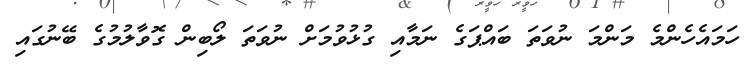
ހަމައެހެންމެ މަންމަ ނުވަތަ ބައްޕަގެ ނަމާއި ގުޅުވުމަށް ނުވަތަ ލޯބިން ގޮވާލުމުގެ ބޭނުގައި